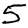
Digit: 5